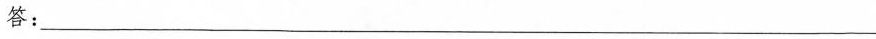
答：___